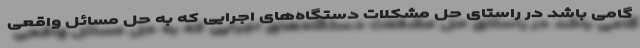
گامی باشد در راستای حل مشکلات دستگاه‌های اجرایی که به حل مسائل واقعی